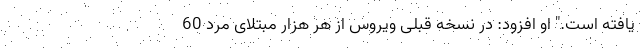
یافته است." او افزود: در نسخه قبلی ویروس از هر هزار مبتلای مرد 60